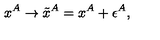
x ^ { A } \rightarrow \tilde { x } ^ { A } = x ^ { A } + \epsilon ^ { A } ,